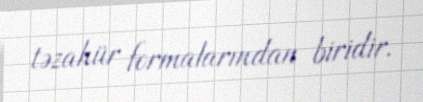
təzahür formalarından biridir.